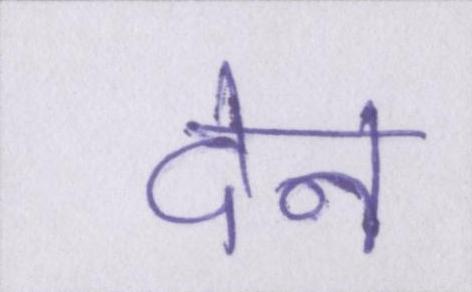
देन